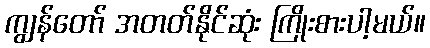
ကျွန်တော် အတတ်နိုင်ဆုံး ကြိုးစားပါ့မယ်။